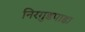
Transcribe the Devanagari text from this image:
निरगुडपाडा